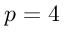
p = 4